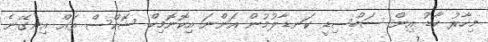
މިހާރު ކާޑު އިން ސަބްސިޑީ ކަނޑާލުމުން އަންނަ އިކޮނޮމިކް ޝޮކްސް ތައް އިނގޭނެ